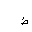
Letter: _da